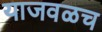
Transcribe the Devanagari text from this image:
याजवळच